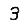
Digit: 3